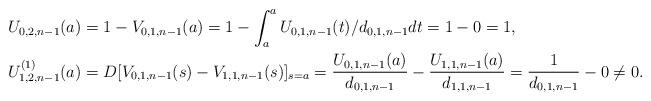
LaTeX: \begin{align*}&U_{0,2,n-1}(a)=1-V_{0,1,n-1}(a)=1-\int_{a}^a U_{0,1,n-1}(t)/d_{0,1,n-1} dt=1-0=1,\\&U_{1,2,n-1}^{(1)}(a)=D[V_{0,1,n-1}(s)-V_{1,1,n-1}(s)]_{s=a}=\frac{U_{0,1,n-1}(a)}{d_{0,1,n-1}}-\frac{U_{1,1,n-1}(a)}{d_{1,1,n-1}}=\frac{1}{d_{0,1,n-1}}-0\neq 0.\\\end{align*}